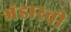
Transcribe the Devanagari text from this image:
भंडारवी